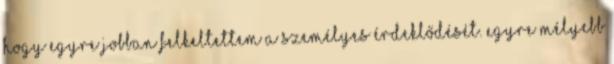
hogy egyre jobban felkeltettem a személyes érdeklő­dését. Egyre mélyebb